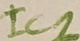
Text: IC2